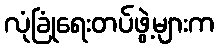
လုံခြုံရေးတပ်ဖွဲ့များက